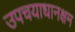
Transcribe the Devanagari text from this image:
उपचयाधानक्षम